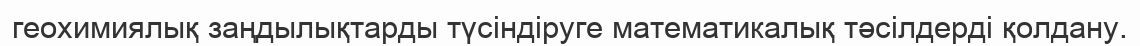
геохимиялық заңдылықтарды түсіндіруге математикалық тәсілдерді қолдану.